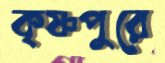
কৃষ্ণপুরে